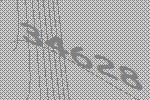
34628